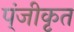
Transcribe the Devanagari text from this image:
प्ंजीकृत